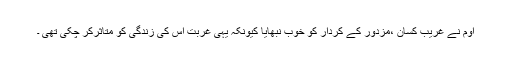
اوم نے غریب کسان ،مزدور کے کردار کو خوب نبھایا کیونکہ یہی غربت اس کی زندگی کو متاثرکر چکی تھی ۔